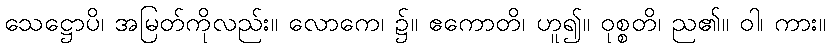
သေဋ္ဌောပိ၊ အမြတ်ကိုလည်း။ လောကေ၊ ၌။ ဧကောတိ၊ ဟူ၍။ ဝုစ္စတိ၊ ည၏။ ဝါ၊ ကား။